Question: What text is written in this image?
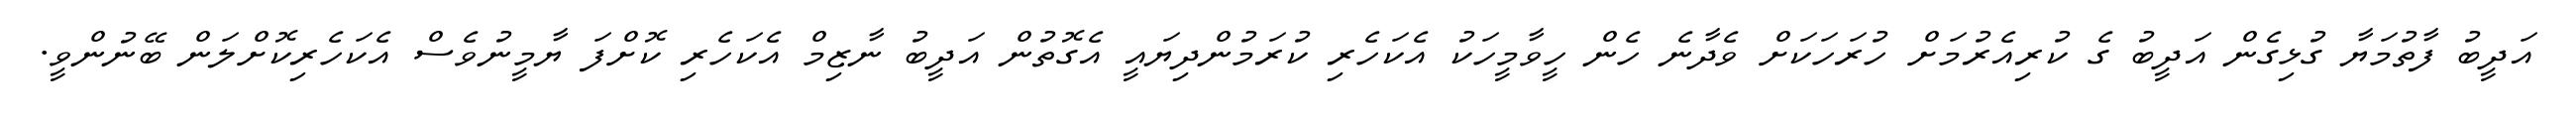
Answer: އަދީބު ފާތުމަޔާ ގުޅިގެން އަދީބު ގެ ކުރިއެރުމަށް ހުރަހަކަށް ވެދާނެ ހެން ހީވާމީހަކު އެކަހެރި ކުރަމުންދިޔައީ އެގޮތުން އަދީބު ނާޒިމް އެކަހެރި ކޮށްފަ ޔާމީނުވެސް އެކަހެރިކޮށްލަން ބޭނުންވީ.